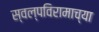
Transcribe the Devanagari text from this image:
स्वल्पविरामाच्या